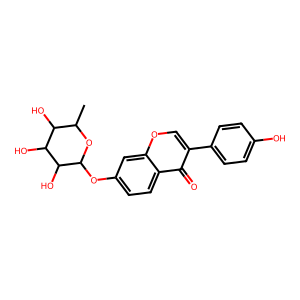
SMILES: CC1OC(Oc2ccc3c(=O)c(-c4ccc(O)cc4)coc3c2)C(O)C(O)C1O
Inhibits HIV replication: No